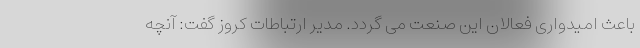
باعث امیدواری فعالان این صنعت می گردد. مدیر ارتباطات کروز گفت: آنچه